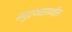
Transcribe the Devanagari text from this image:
समुद्रफळामधील